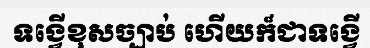
ទង្វើខុសច្បាប់ ហើយក៏ជាទង្វើ